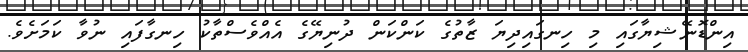
އިންޑޮނޭޝިޔާގައި މި ހިނގައިދިޔަ ޒާތުގެ ކަންކަން ދުނިޔޭގެ އެއްވެސްތާކު ހިނގާފައި ނުވާ ކަމަށެވެ.